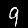
Digit: 9